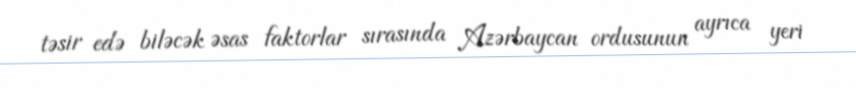
təsir edə biləcək əsas faktorlar sırasında Azərbaycan ordusunun ayrıca yeri